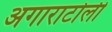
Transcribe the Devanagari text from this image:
अगाराटोली